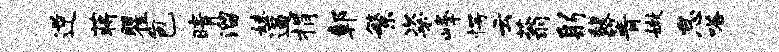
逆蒋瞿包晴溜妹逼捐鄣繁粢峰愕云蓊躬馥箐嫩怠嗒